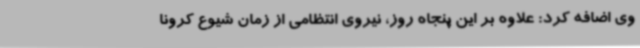
وی اضافه کرد: علاوه بر این پنجاه روز، نیروی انتظامی از زمان شیوع کرونا